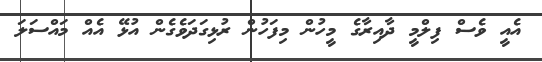
އެއީ ވެސް ފިލްމީ ދާއިރާގެ މީހުން މިފަހުން ރުޅިގަދަވެގެން އުޅޭ އެއް މައްސަލަ